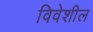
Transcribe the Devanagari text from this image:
विवेशील